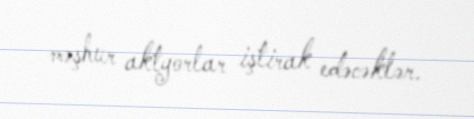
məşhur aktyorlar iştirak edəcəklər.